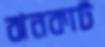
ঝনকাট